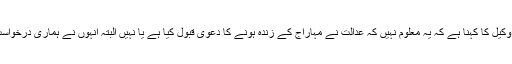
دلیپ کمار جھا کے وکیل کا کہنا ہے کہ یہ معلوم نہیں کہ عدالت نے مہاراج کے زندہ ہونے کا دعویٰ قبول کیا ہے یا نہیں البتہ انہوں نے ہماری درخواست مسترد کردی ہے۔